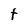
Character: t